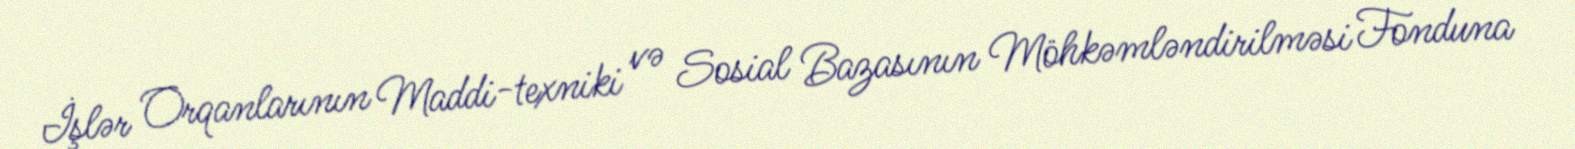
İşlər Orqanlarının Maddi-texniki və Sosial Bazasının Möhkəmləndirilməsi Fonduna